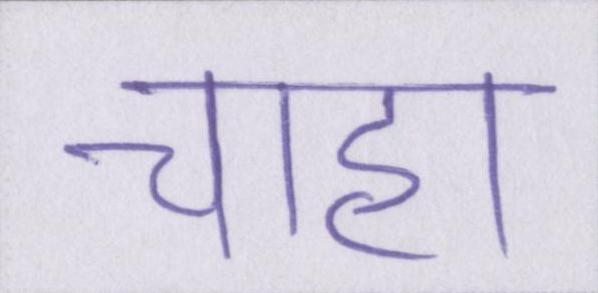
चाहा